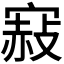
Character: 𡪌